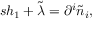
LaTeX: s h _ { 1 } + \tilde { \lambda } = \partial ^ { i } \tilde { n } _ { i } ,